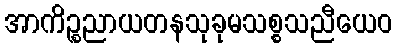
အာကိဉ္စညာယတနသုခုမသစ္စသညီယေဝ